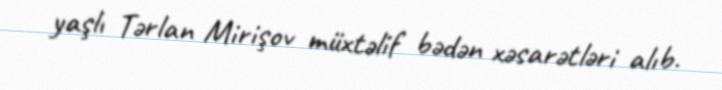
yaşlı Tərlan Mirişov müxtəlif bədən xəsarətləri alıb.